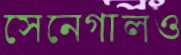
সেনেগালও